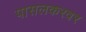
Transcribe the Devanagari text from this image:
पासलकरवर